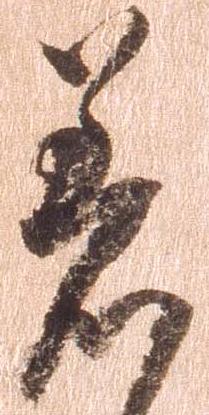
着